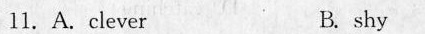
11. A. clever B. shy